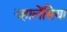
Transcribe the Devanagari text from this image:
व्हालेंसिया